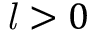
{ \mathit { l } } _ { } ^ { } > 0